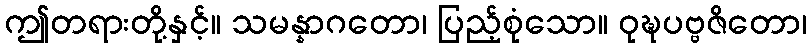
ဤတရားတို့နှင့်။ သမန္နာဂတော၊ ပြည့်စုံသော။ ဝုဍ္ဎပဗ္ဗဇိတော၊